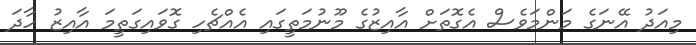
މިއަދު އޭނަގެ މަންމަވެސް އެގޮތަށް އާއިޒުގެ މޫނުމަތީގައި އެއްޗެހި ގޮވައިގަތީމަ އާއިޒު ހާދަ